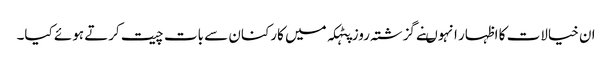
ان خیالات کا اظہار انہوںنے گزشتہ روز پٹہکہ میں کارکنان سے بات چیت کرتے ہوئے کیا۔